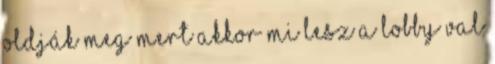
oldják meg mert akkor mi lesz a lobby val